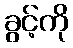
ခွင့်ကို